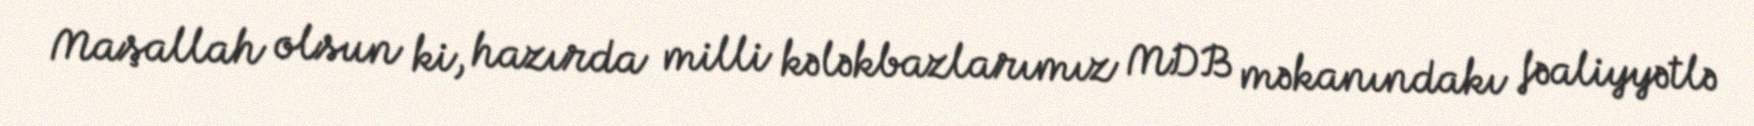
Maşallah olsun ki, hazırda milli kələkbazlarımız MDB məkanındakı fəaliyyətlə